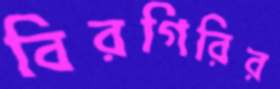
বিরগিরির